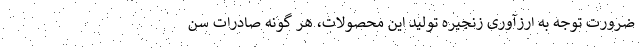
ضرورت توجه به ارزآوری زنجیره تولید این محصولات، هر گونه صادرات سن